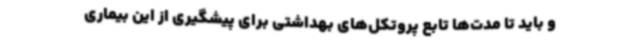
و باید تا مدت‌ها تابع پروتکل‌های بهداشتی برای پیشگیری از این بیماری